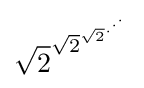
{\sqrt {2}}^{{\sqrt {2}}^{{\sqrt {2}}^{\cdot ^{\cdot ^{\cdot }}}}}